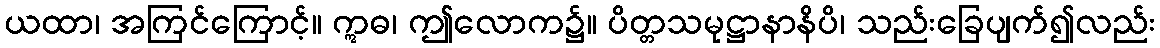
ယထာ၊ အကြင်ကြောင့်။ ဣဓ၊ ဤလောက၌။ ပိတ္တသမုဋ္ဌာနာနိပိ၊ သည်းခြေပျက်၍လည်း